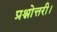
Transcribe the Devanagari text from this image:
प्रश्नोत्तरी।